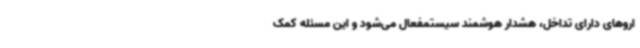
اروهای دارای تداخل، هشدار هوشمند سیستمفعال می‌شود و این مسئله کمک